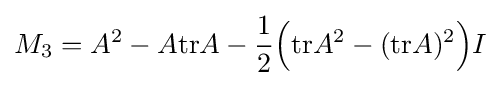
M_{3}=A^{2}-A\mathrm {tr} A-{\frac {1}{2}}{\Bigl (}\mathrm {tr} A^{2}-(\mathrm {tr} A)^{2}{\Bigr )}I